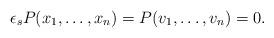
LaTeX: \begin{align*}\epsilon_sP(x_1, \ldots, x_n)=P(v_1, \ldots, v_n)=0.\end{align*}